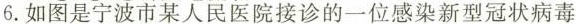
6.如图是宁波市某人民医院接诊的一位感染新型冠状病毒